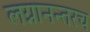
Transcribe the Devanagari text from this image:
लग्नानन्तरच